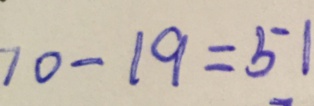
7 0 - 1 9 = 5 1